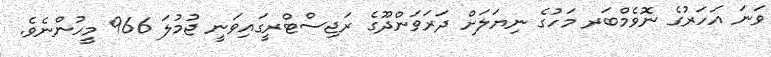
ވަނަ އަހަރުގެ ނޮވެމްބަރ މަހުގެ ނިޔަލަށް ދަރަވަންދޫގެ ރަޖިސްޓްރީގައިވަނީ ޖުމުލަ 966 މީހުންނެވެ.